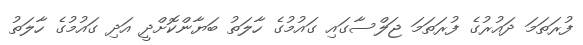
ފުރަތަމަ ދައުރުގެ ފުރަތަމަ ޖަލްސާގައި ގައުމުގެ ހާލަތު ބަޔާންކޮށްދީ އަދި ގައުމުގެ ހާލަތު